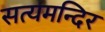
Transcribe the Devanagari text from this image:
सत्यमन्दिर